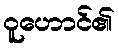
ဝူဟောင်၏